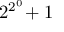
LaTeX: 2 ^ { 2 ^ { 0 } } \! + 1